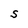
Character: S